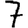
Digit: 7